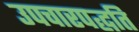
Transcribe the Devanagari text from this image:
उपचारपद्धति